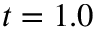
t = 1 . 0